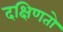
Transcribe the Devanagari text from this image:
दक्षिणतो